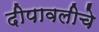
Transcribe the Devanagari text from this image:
दीपावलीचे